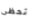
تحظى